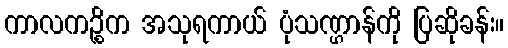
ကာလကဉ္စိက အသုရကာယ် ပုံသဏ္ဌာန်ကို ပြဆိုခန်း။